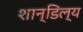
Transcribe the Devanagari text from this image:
शान्डिल्य